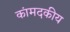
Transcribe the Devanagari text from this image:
कांमदकीय